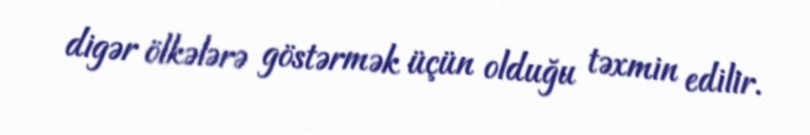
digər ölkələrə göstərmək üçün olduğu təxmin edilir.